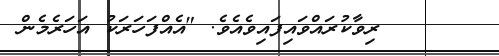
ރިވާކުރައްވައިފައިވެއެވެ. "އެއްފަހަރަކު އަހަރެމެން